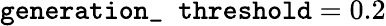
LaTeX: \texttt{generation\_ threshold}=0.2